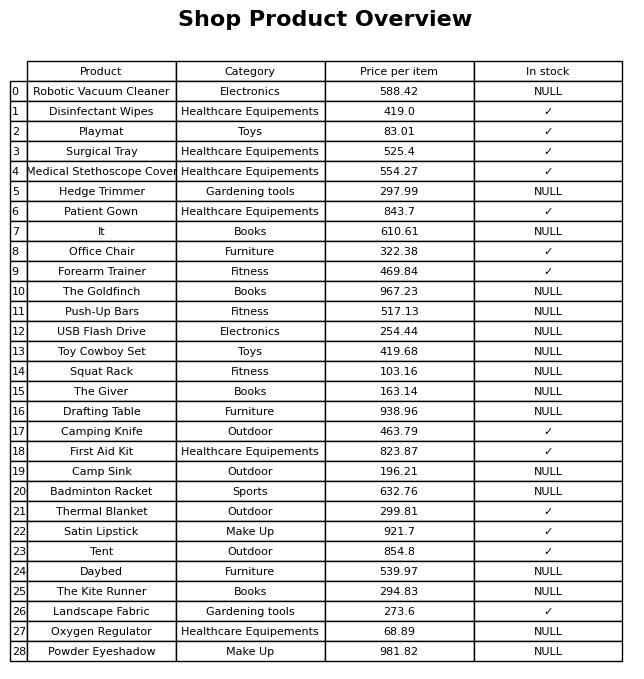
question: What is the price of the Patient Gown?
answer: The price of Patient Gown is 843.7.